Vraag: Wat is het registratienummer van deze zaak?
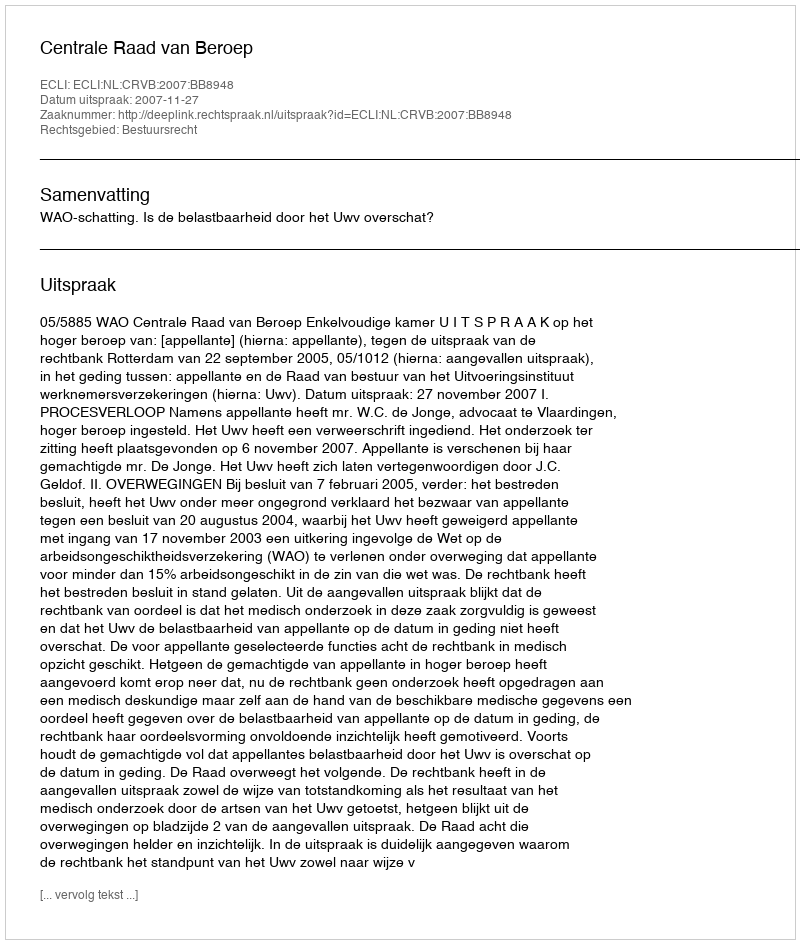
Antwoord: http://deeplink.rechtspraak.nl/uitspraak?id=ECLI:NL:CRVB:2007:BB8948